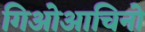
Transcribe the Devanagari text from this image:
गिओआचिनो